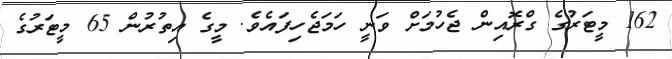
162 މީޓަރުގެ ގްރޮއިން ޖެހުމަށް ވަނީ ހަމަޖެހިފައެވެ. މީގެ އިތުރުން 65 މީޓަރުގެ